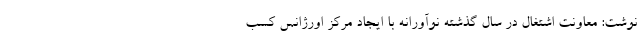
نوشت: معاونت اشتغال در سال گذشته نوآورانه با ایجاد مرکز اورژانس کسب